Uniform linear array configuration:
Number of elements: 8
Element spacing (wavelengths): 0.75
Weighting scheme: blackman
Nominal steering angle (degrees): -30
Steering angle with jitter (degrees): -31.784
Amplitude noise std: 0.05
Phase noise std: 0.05

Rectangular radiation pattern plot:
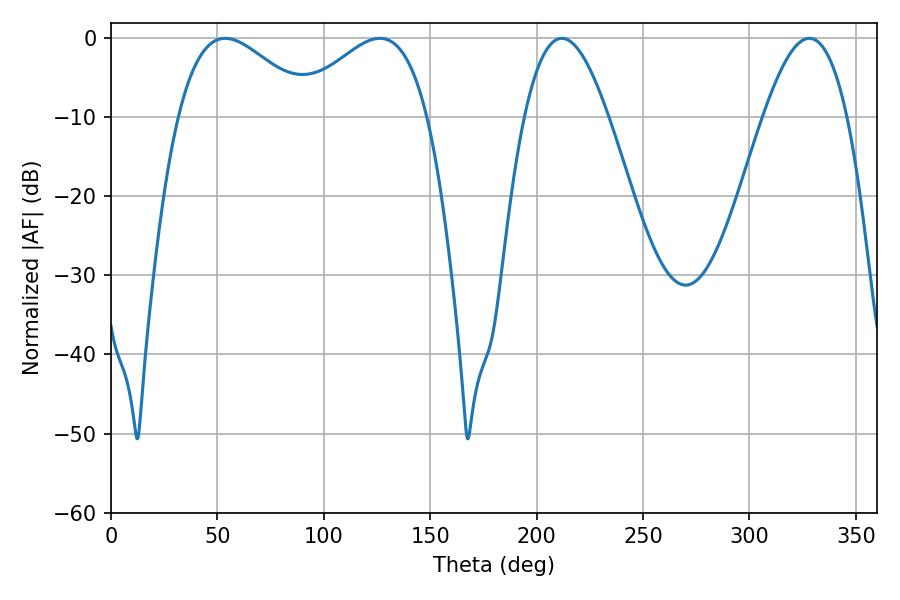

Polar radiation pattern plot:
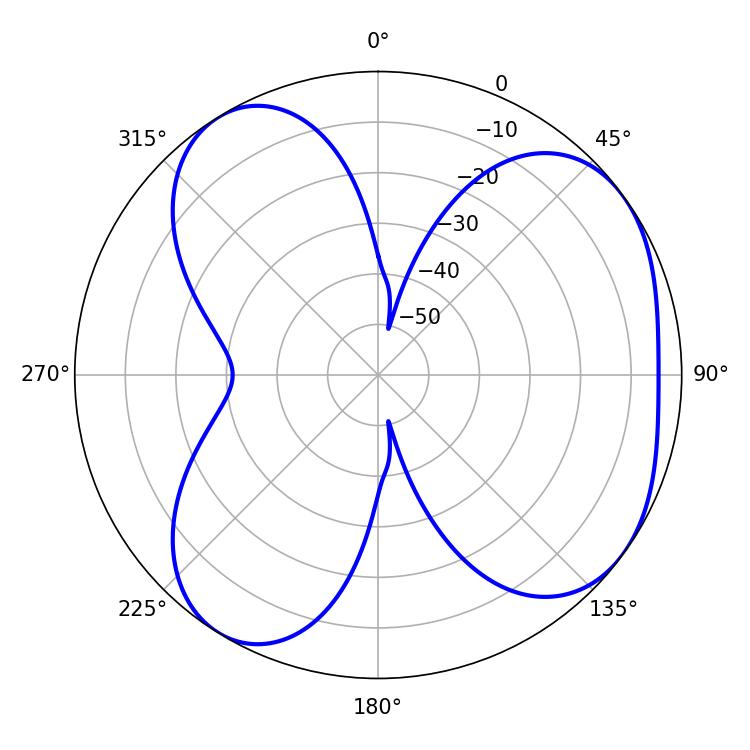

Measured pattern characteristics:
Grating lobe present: TRUE
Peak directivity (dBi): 5.145
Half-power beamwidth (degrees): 21.42
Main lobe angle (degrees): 211.86